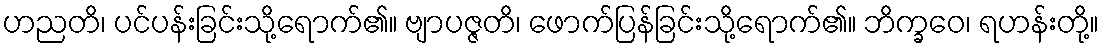
ဟညတိ၊ ပင်ပန်းခြင်းသို့ရောက်၏။ ဗျာပဇ္ဇတိ၊ ဖောက်ပြန်ခြင်းသို့ရောက်၏။ ဘိက္ခဝေ၊ ရဟန်းတို့။